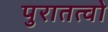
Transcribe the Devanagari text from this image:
पुरातत्वो